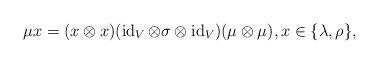
LaTeX: \begin{align*}\mu x=(x\otimes x)(\operatorname{id}_V\otimes\sigma\otimes\operatorname{id}_V)(\mu\otimes\mu),x\in\{\lambda,\rho\},\end{align*}